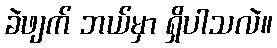
ခဲဖျက် ဘယ်မှာ ရှိပါသလဲ။